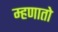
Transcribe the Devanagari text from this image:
म्हणातो